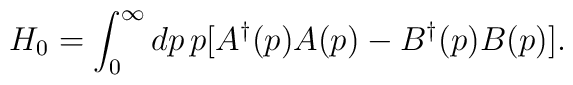
H_0= \int_{0}^{\infty}dp \, p [A^{\dag} (p) A (p) - B^{\dag}(p) B(p)].